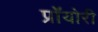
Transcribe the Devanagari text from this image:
प्रॉयोरी